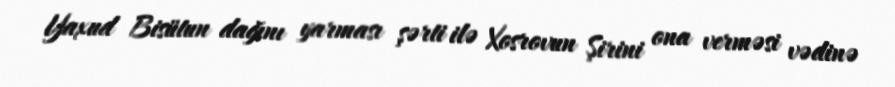
Yaxud Bisütun dağını yarması şərti ilə Xosrovun Şirini ona verməsi vədinə